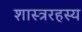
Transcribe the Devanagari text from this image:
शास्त्ररहस्य